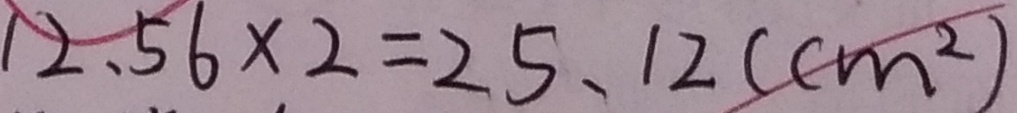
1 2 . 5 6 \times 2 = 2 5 . 1 2 ( c m ^ { 2 } )